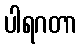
ပါရဂတာ